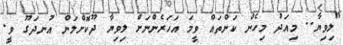
"ލިވިޔާ.. މިއަދު މިހެން ކަންތައް ވީމަ އަހަރެންނަށް ލިވިޔާ ދޫކޮށްލަން އުނދަގޫ ވީ.